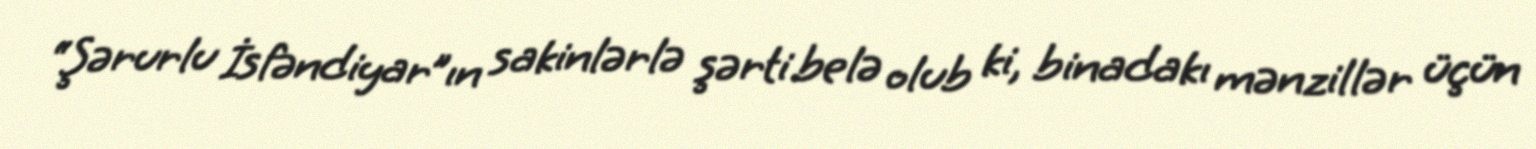
“Şərurlu İsfəndiyar”ın sakinlərlə şərti belə olub ki, binadakı mənzillər üçün